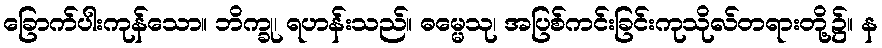
ခြောက်ပါးကုန်သော။ ဘိက္ခု၊ ရဟန်းသည်။ ဓမ္မေသု၊ အပြစ်ကင်းခြင်းကုသိုလ်တရားတို့၌။ န